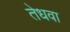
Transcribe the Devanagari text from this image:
तेधवा